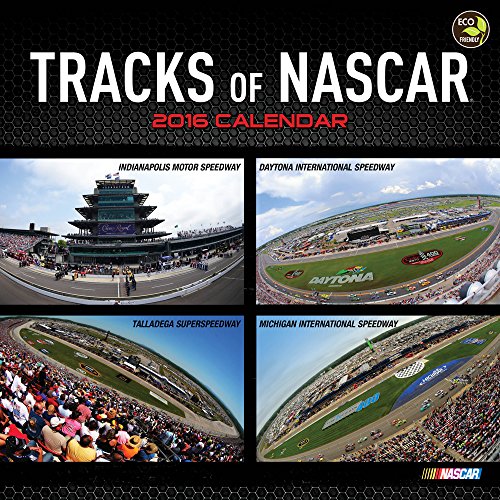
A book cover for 2016 Tracks of NASCAR Wall Calendar; Nascar; Calendars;